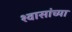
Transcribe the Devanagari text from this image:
श्वासांच्या